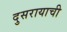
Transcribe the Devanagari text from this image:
दुसरायाची